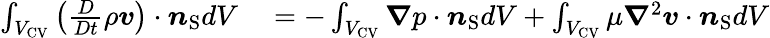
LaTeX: \begin{array}{rl}{\int_{{V_{\mathrm{{CV}}}}}\left(\frac{D}{Dt}\rho\boldsymbol{v}\right)\cdot\boldsymbol{n}_{\mathrm{{S}}}dV}&{{}=-\int_{{V_{\mathrm{{CV}}}}}\boldsymbol{\nabla}p\cdot\boldsymbol{n}_{\mathrm{{S}}}dV+\int_{{V_{\mathrm{{CV}}}}}\mu\boldsymbol{\nabla}^{2}\boldsymbol{v}\cdot\boldsymbol{n}_{\mathrm{{S}}}dV}\end{array}